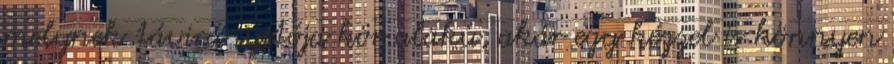
melynek távirányítója kör alakú, akár egy kézzel is könnyen